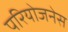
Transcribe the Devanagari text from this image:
परियोजनेस